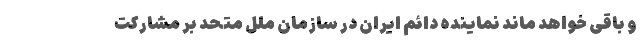
و باقی خواهد ماند نماینده دائم ایران در سازمان ملل متحد بر مشارکت